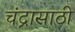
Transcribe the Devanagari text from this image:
चंद्रासाठी